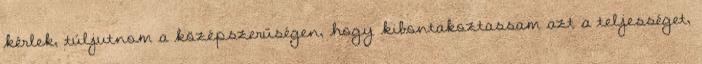
kérlek, túljutnom a középszerűségen, hogy kibontakoztassam azt a teljességet,